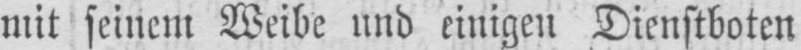
mit seinem Weibe und einigen Dienstboten